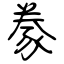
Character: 豢